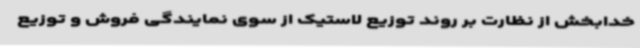
خدابخش از نظارت بر روند توزیع لاستیک از سوی نمایندگی فروش و توزیع